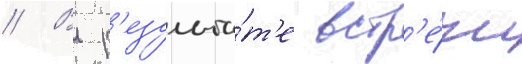
// В р'езульта́т'е встр'е́чи